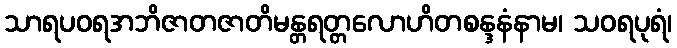
သာရပဝရအဘိဇာတဇာတိမန္တရတ္တလောဟိတစန္ဒနံနာမ၊ သဝရပုရံ၊